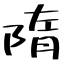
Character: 隋